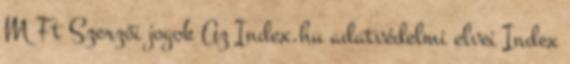
M Ft Szerzői jogok Az Index.hu adatvédelmi elvei Index